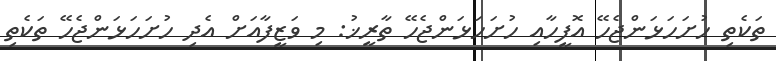
ތަކެތި ހުށަހަޅަންޖެހޭ އޮފީހާއި ހުށަހަޅަންޖެހޭ ތާރީޚު: މި ވަޒީފާއަށް އެދި ހުށަހަޅަންޖެހޭ ތަކެތި